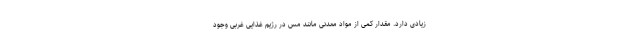
زیادی دارد. مقدار کمی از مواد معدنی مانند مس در رژیم غذایی غربی وجود